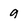
Character: 9